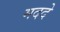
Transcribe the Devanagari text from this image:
मददे